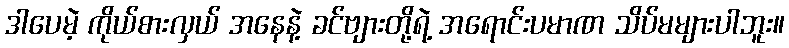
ဒါပေမဲ့ ကိုယ်စားလှယ် အနေနဲ့ ခင်ဗျားတို့ရဲ့ အရောင်းပမာဏ သိပ်မများပါဘူး။